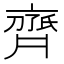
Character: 𬹱